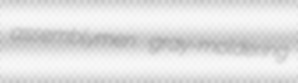
assemblymen gray-moldering